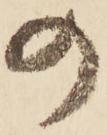
の